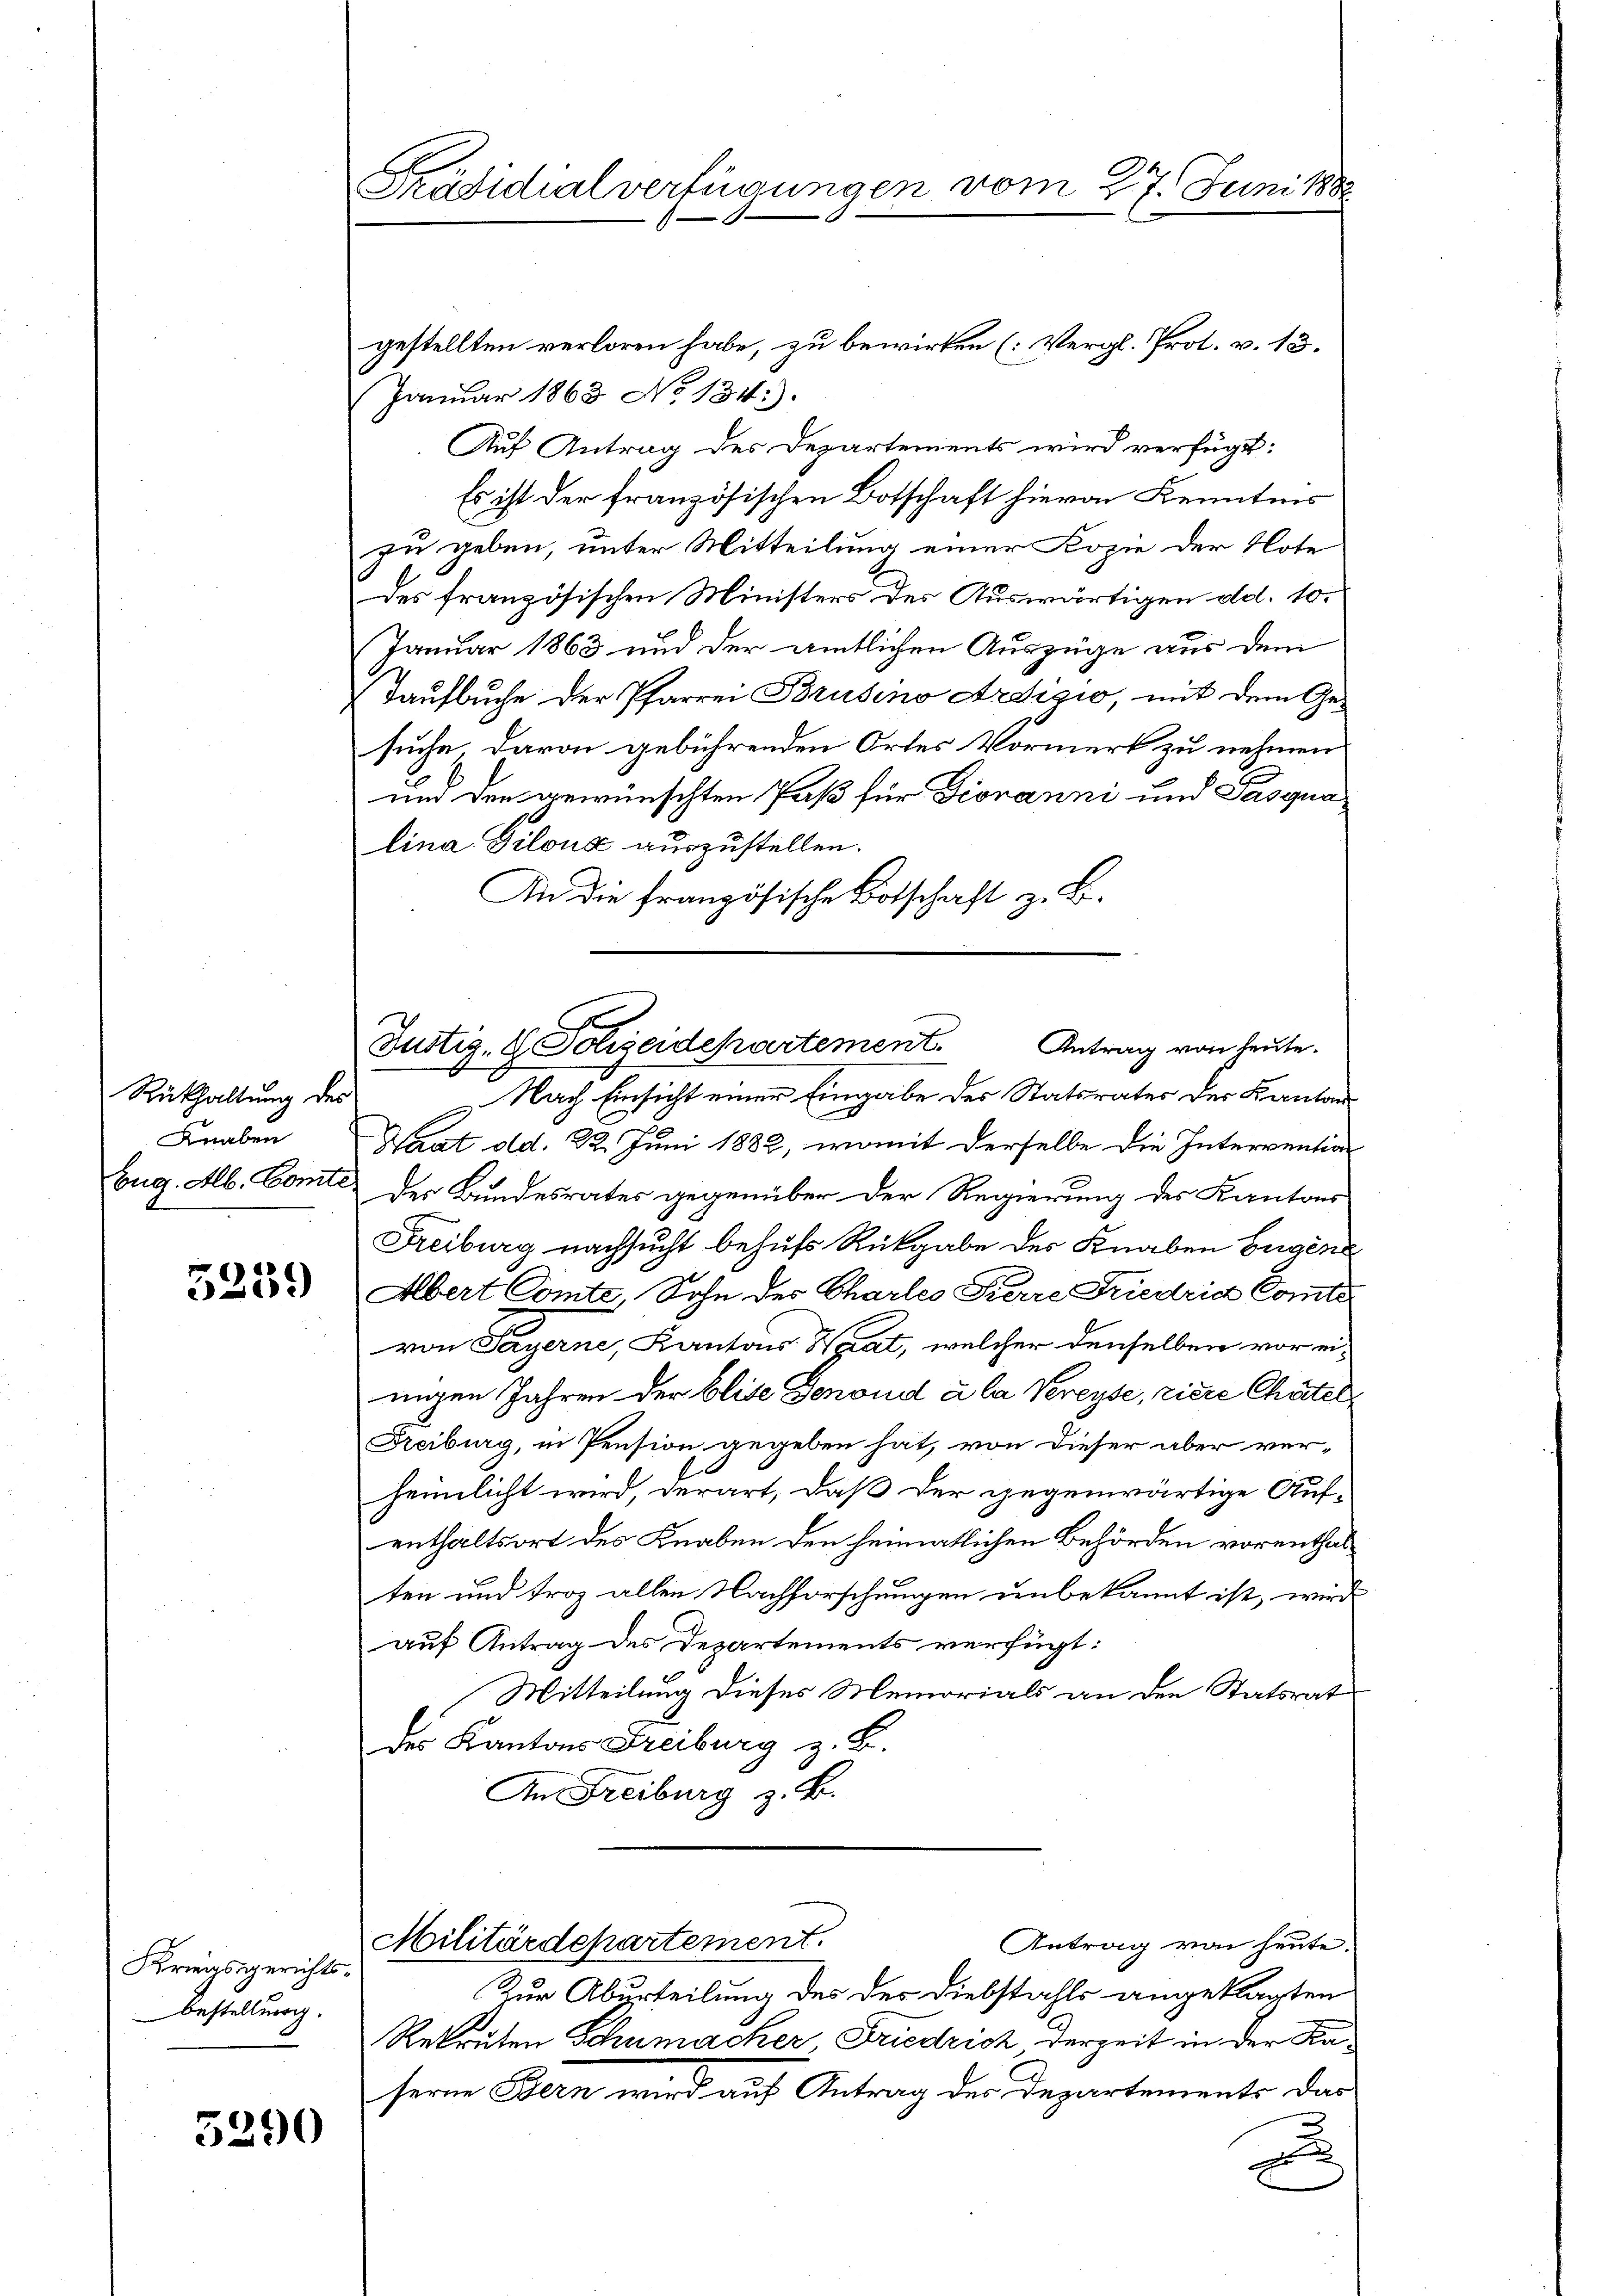
Rükhaltung des
Knaben
Eug. Alb. Comte.

5259

Kriegsgerichts-
Bestellung.

5290

Präsidialverfügungen vom 27. Juni 1888

gestellten verloren habe, zu bewirken (Vergl. Prot. v. 13.
Januar 1863 No 134.
Auf Antrag des Departements wird verfügt:
Es ist der französischen Botschaft hievon Kenntnis
zu geben, unter Mitteilung einer Kopie der Note
des französischen Ministers des Auswärtigen dd. 10.
Januar 1863 und der amtlichen Auszüge aus dem
Taufbuche der Pfarrer Brusino Ardizio, mit dem Gesuche, davon gebührenden Ortes Vormerk zu nehmen
und den gewünschten Paß für Giovanni und Pasgna
lina Pilous auszustellen.
An die französische Botschaft z. B.

Justiz-G. Polizeidepartement. Antrag von heute.

Nach Einsicht einer Eingabe des Statsrates der Kanton
Waat dd. 22. Juni 1882, womit derselbe die Intervention
Der Bundesrates gegenüber der Regierung des Kantons
Freiburg nachsucht behufs Rückgabe des Knaben Eugen
Albert Comte, Sohn des Chartes Herre Friedria Comte
von Payerne, Kantons Wgat, welcher denselben vor einigen Jahren der blite Genoud à la Vereyse, ziere Chätel
Freiburg, in Pension gegeben hat, von dieser aber verheimlicht wird, derart, daß der gegenwärtige Auf-
enthaltsort des Knaben den heimatlichen Behörden vorenthalten und troz allen Nachforschungen unbekannt ist, wird
auf Antrag des Departements verfügt:
Mitteilung dieses Memorials an den Statsrat
des Kantons Freiburg z. B.
An Freiburg z. B.

Militärdepartement.
Antrag von heute.

Zur Aburteilung des des Diebstahls angeklagten
Rekruten Schumacher Friedrich derzeit in der Kaserne Bern wird auf Antrag der Departements das
x